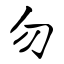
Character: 勿